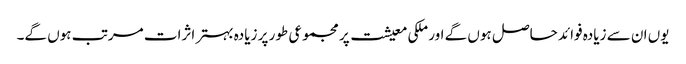
یوں ان سے زیادہ فوائد حاصل ہوں گے اور ملکی معیشت پر مجموعی طور پر زیادہ بہتر اثرات مرتب ہوں گے۔